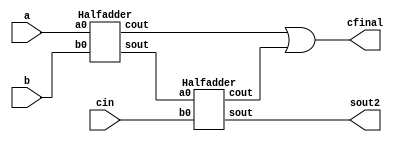
module fulladder_halfadder (a, b, cin, sout2, cfinal);
input a,b,cin;
output cfinal, sout2;
wire sout1, cout1, cout2;
  
Halfadder h1(.a0(a), .b0(b), .cout(cout1), .sout(sout1));
Halfadder h2(.a0(sout1), .b0(cin), .cout(cout2), .sout(sout2));

assign cfinal = cout1 | cout2;

endmodule

module Halfadder (a0,b0,cout,sout);

input a0, b0;
output reg cout, sout;

always @(*) begin
sout = a0 ^ b0;
cout = a0 & b0;
end

endmodule